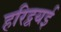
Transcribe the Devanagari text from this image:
हरिद्वयई